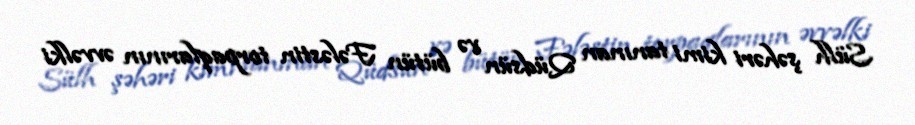
Sülh şəhəri kimi tanınan Qüdsün və bütün Fələstin torpaqlarının əvvəlki